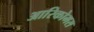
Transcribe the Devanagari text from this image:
आरिकोमस